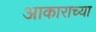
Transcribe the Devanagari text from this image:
अाकाराच्या